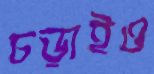
চড়াইও